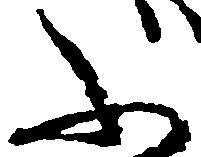
ふ